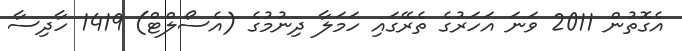
އެގޮތުން 2011 ވަނަ އަހަރުގެ ތެރޭގައި ހަމަލާ ދިނުމުގެ (އެސޯލްޓް) 1419 ހާދިސާ